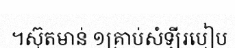
។ស៊ុតមាន់ ១គ្រាប់សំឡីរបៀប